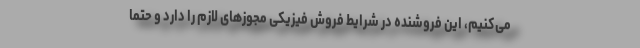
می‌کنیم، این فروشنده در شرایط فروش فیزیکی مجوزهای لازم را دارد و حتما